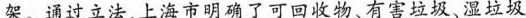
架。通过立法，上海市明确了可回收物、有害垃圾、湿垃圾